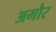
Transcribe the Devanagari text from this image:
अमौर